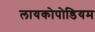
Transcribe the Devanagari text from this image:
लायकोपोडियम